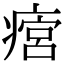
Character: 𤹜